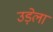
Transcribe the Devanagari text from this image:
उड़ेला